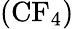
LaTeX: \mathrm{(CF_{4})}